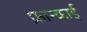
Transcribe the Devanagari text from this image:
फ्रान्काई